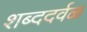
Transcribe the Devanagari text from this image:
शब्ददर्वळ